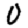
Digit: 0